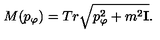
M ( p _ { \varphi } ) = T r \sqrt { p _ { \varphi } ^ { 2 } + m ^ { 2 } { \bf I } } .